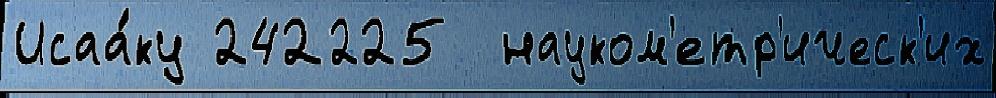
Исаа́ку 242225  науком'етр'ическ'их